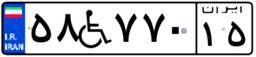
۵۸W۷۷۰۱۵